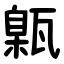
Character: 甈